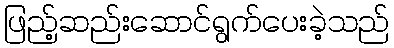
ဖြည့်ဆည်းဆောင်ရွက်ပေးခဲ့သည်